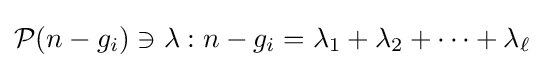
{\mathcal {P}}(n-g_{i})\ni \lambda :n-g_{i}=\lambda _{1}+\lambda _{2}+\dotsb +\lambda _{\ell }